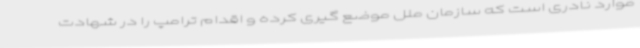
موارد نادری است که سازمان ملل موضع گیری کرده و اقدام ترامپ را در شهادت